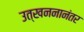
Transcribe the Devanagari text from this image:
उत्खननानंतर